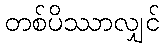
တစ်ပိဿာလျှင်